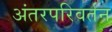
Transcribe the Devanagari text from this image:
अंतरपरिवर्तन